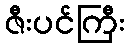
ဇီးပင်ကြီး